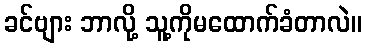
ခင်ဗျား ဘာလို့ သူ့ကိုမထောက်ခံတာလဲ။